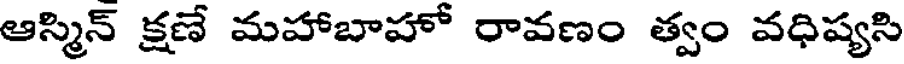
ఆస్మిన్ క్షణే మహాబాహో రావణం త్వం వధిష్యసి